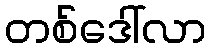
တစ်ဒေါ်လာ